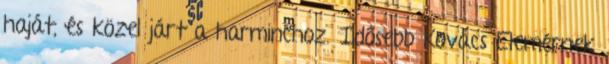
haját, és közel járt a harminchoz. Idősebb Kovács Elemérnek